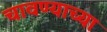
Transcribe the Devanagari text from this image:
चावण्याच्या